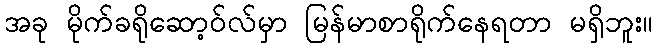
အခု မိုက်ခရိုဆော့ဝ်လ်မှာ မြန်မာစာရိုက်နေရတာ မရှိဘူး။